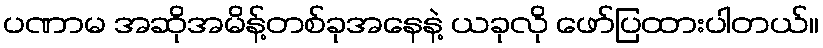
ပဏာမ အဆိုအမိန့်တစ်ခုအနေနဲ့ ယခုလို ဖော်ပြထားပါတယ်။